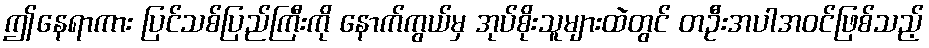
ဤနေရာကား ပြင်သစ်ပြည်ကြီးကို နောက်ကွယ်မှ အုပ်စိုးသူများထဲတွင် တဦးအပါအဝင်ဖြစ်သည့်